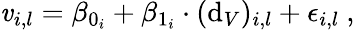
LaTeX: \mathit{v}_{i,l}=\beta_{0_{i}}+\beta_{1_{i}}\cdot(\mathrm{d}_{V})_{i,l}+\epsilon_{i,l}\ ,